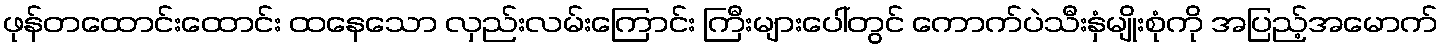
ဖုန်တထောင်းထောင်း ထနေသော လှည်းလမ်းကြောင်း ကြီးများပေါ်တွင် ကောက်ပဲသီးနှံမျိုးစုံကို အပြည့်အမောက်